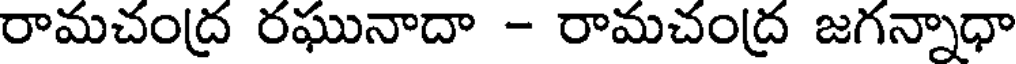
రామచంద్ర రఘునాదా - రామచంద్ర జగన్నాధా